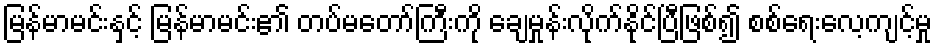
မြန်မာမင်းနှင့် မြန်မာမင်း၏ တပ်မတော်ကြီးကို ချေမှုန်းလိုက်နိုင်ပြီဖြစ်၍ စစ်ရေးလေ့ကျင့်မှု